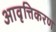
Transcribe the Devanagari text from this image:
आवृत्तिकरण